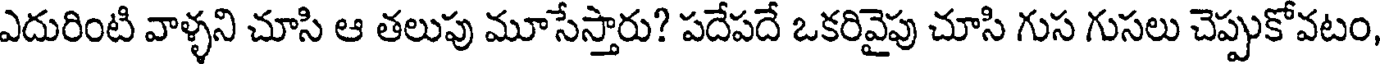
ఎదురింటి వాళ్ళని చూసి ఆ తలుపు మూసేస్తారు? పదేపదే ఒకరివైపు చూసి గుస గుసలు చెప్పుకోవటం